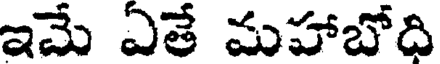
ఇమే ఏతే మహాబోది